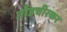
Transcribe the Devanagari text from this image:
तोंडचीरकर